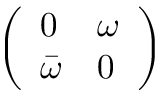
\left( \begin{array} { l l } { 0 } & { \omega } \\ { \bar { \omega } } & { 0 } \end{array} \right)